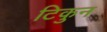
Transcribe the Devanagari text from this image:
टिकुन